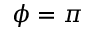
\phi = \pi